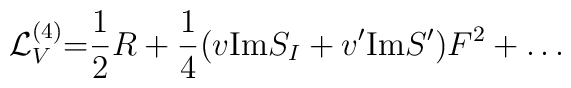
{\cal L}_V^{(4)}{=} {1\over 2} R+{1\over 4}(v\makebox{Im}S_I+v'\makebox{Im}S')F^2+\dots